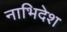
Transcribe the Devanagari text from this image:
नाभिदेश